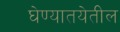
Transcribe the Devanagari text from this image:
घेण्यातयेतील